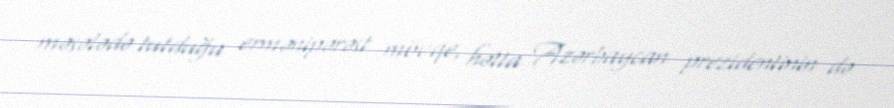
məsələdə tutduğu ermənipərəst mövqe, hətta Azərbaycan prezidentinin də